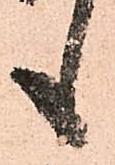
も